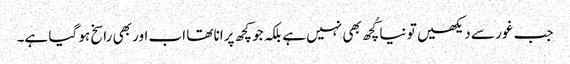
جب غور سے دیکھیں تو نیا کُچھ بھی نہیں ہے بلکہ جو کچھ پرانا تھا اب اور بھی راسخ ہو گیا ہے۔